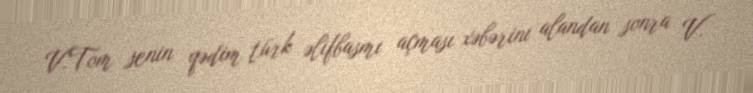
V.Tom senin qədim türk əlifbasmı açması xəbərini alandan sonra V.